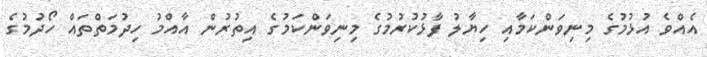
އެއްވެ އުޅުމުގެ މިނިވަންކަމާއި ހިޔާލު ފާޅުކުރުމުގެ މިނިވަންކަމުގެ އިތުރުން އާއްމު ހިދުމަތްތައް ހޯދުމުގެ